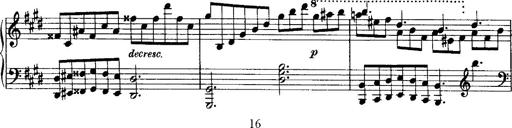
Title: Rondo di bravura
Composer: Franz Liszt